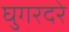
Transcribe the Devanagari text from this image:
घुगरदरे